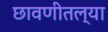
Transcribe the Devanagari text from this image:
छावणीतल्या